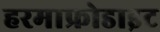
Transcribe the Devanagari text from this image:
हरमाफ्रोडाइट